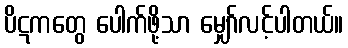
ပိဋကတွေ ပေါက်ဖို့သာ မျှော်လင့်ပါတယ်။